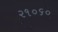
૨૧૦૬૦